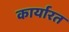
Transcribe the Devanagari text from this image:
कार्यारत